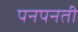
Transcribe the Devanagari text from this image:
पनपनती